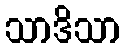
သာဒိသာ